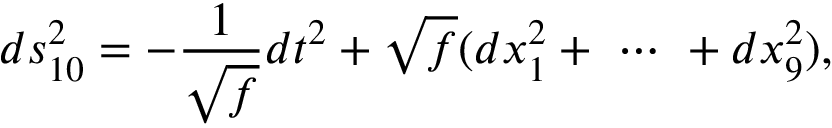
d s _ { 1 0 } ^ { 2 } = - \frac { 1 } { \sqrt { f } } d t ^ { 2 } + \sqrt { f } ( d x _ { 1 } ^ { 2 } + \ \cdots \ + d x _ { 9 } ^ { 2 } ) ,